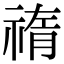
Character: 𥚨